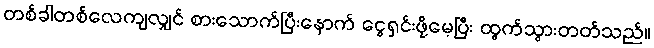
တစ်ခါတစ်လေကျလျှင် စားသောက်ပြီးနောက် ငွေရှင်းဖို့မေ့ပြီး ထွက်သွားတတ်သည်။